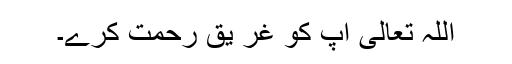
اللہ تعالی آپ کو غر یق رحمت کرے۔